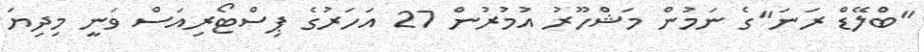
"ބްލޭޑް ރަނަ"ގެ ނަމުން މަޝްހޫރު އުމުރުން 27 އަހަރުގެ ޕިސްޓޯރިއަސް ވަނީ މިދިޔަ